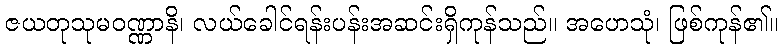
ဇယတုသုမဝဏ္ဏာနိ၊ လယ်ခေါင်ရန်းပန်းအဆင်းရှိကုန်သည်။ အဟေသုံ၊ ဖြစ်ကုန်၏။